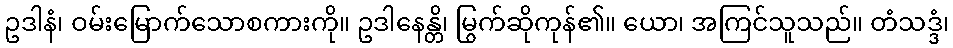
ဥဒါနံ၊ ဝမ်းမြောက်သောစကားကို။ ဥဒါနေန္တိ၊ မြွက်ဆိုကုန်၏။ ယော၊ အကြင်သူသည်။ တံသဒ္ဒံ၊